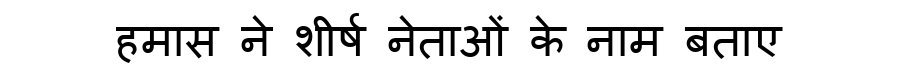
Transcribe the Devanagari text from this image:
हमास ने शीर्ष नेताओं के नाम बताए